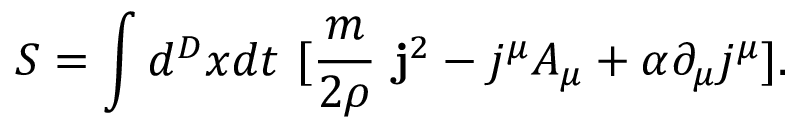
S = \int d ^ { D } x d t ~ [ \frac { m } { 2 \rho } ~ { \bf j } ^ { 2 } - j ^ { \mu } A _ { \mu } + \alpha \partial _ { \mu } j ^ { \mu } ] .